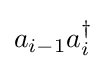
a_{i-1}a_{i}^{\dagger }